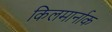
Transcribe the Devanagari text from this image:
किलमार्नाक